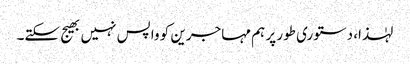
لہٰذا، دستوری طور پر ہم مہاجرین کو واپس نہیں بھیج سکتے۔